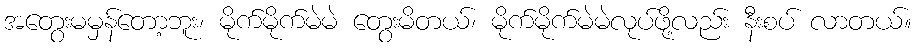
အတွေးမမှန်တော့ဘူး၊ မိုက်မိုက်မဲမဲ တွေးမိတယ်၊ မိုက်မိုက်မဲမဲလုပ်ဖို့လည်း နီးစပ် လာတယ်။